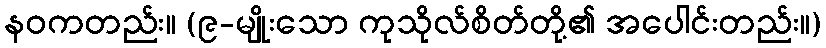
နဝကတည်း။ (၉-မျိုးသော ကုသိုလ်စိတ်တို့၏ အပေါင်းတည်း။)